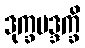
ဒုက္ခမဒ္ဒက္ခိ